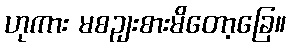
ဟုကား မစဉျးစားမိတော့ခြေ။